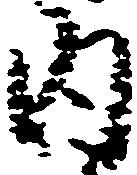
内